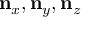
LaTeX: \mathbf { n } _ { x } , \mathbf { n } _ { y } , \mathbf { n } _ { z }